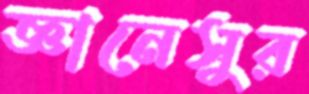
জ্ঞানেসুর